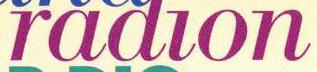
radion